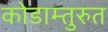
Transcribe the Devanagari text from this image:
कोडाम्तुरुत